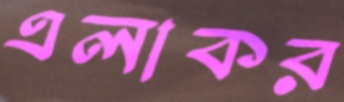
এলাকর